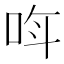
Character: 𫩰